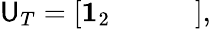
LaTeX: {\sf U}_{T}=\left[\begin{array}{cccc}{\mathbf{1}_{2}}&{}&{}&{}\end{array}\right],